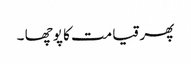
پھر قیامت کا پوچھا ۔